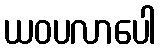
ယဝပလာပေါ